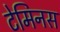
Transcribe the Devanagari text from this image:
टेमिनस